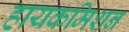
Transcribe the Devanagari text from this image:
हायकमिशन